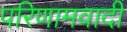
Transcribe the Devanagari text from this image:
परिणामवादी